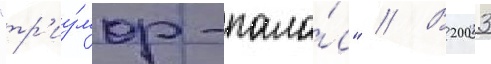
"тр'иу́мф-пала́с" // В 2003